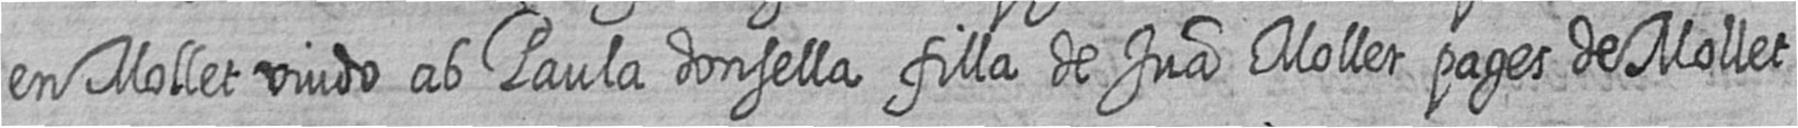
en Mollet viudo ab Paula donsella filla de Jua Mollet pages de Mollet